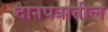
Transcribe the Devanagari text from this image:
दानपत्रातील